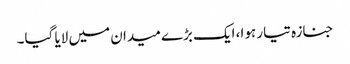
جنازہ تیار ہوا، ایک بڑے میدان میں لایا گیا۔